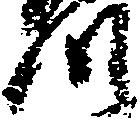
つ